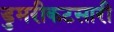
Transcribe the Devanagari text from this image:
डुमरीकटसारी